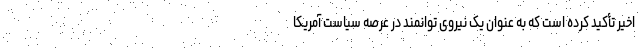
اخیر تأکید کرده است که به عنوان یک نیروی توانمند در عرصه سیاست آمریکا